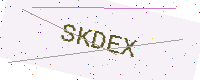
Text: SKDEX